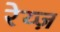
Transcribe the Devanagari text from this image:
रेय्ज़